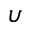
\upsilon